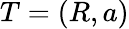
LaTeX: T=(R,a)